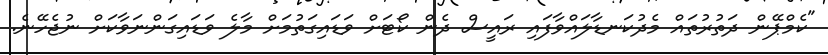
"ކެމްޕޭން ދަތުރުތައް މެދުކަނޑާލައްވާފައި ރައީސް ދެން ކޯޓަށް ވަޑައިގަތުމަށް މާލެ ވަޑައިގަންނަވާކަށް ނުޖެހޭނެ.